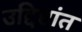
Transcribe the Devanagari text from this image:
उद्दिष्टांत